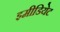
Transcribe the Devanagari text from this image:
इमीडियेट